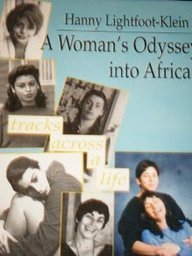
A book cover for A Woman's Odyssey Into Africa: Tracks Across a Life (Haworth Women's Series); Hanny Lightfoot Klein; Travel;